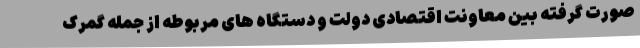
صورت گرفته بین معاونت اقتصادی دولت و دستگاه های مربوطه از جمله گمرک